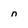
Character: n